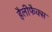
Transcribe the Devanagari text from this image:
हैलीफैक्स